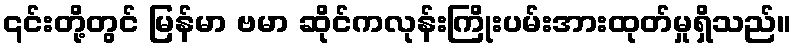
၎င်းတို့တွင် မြန်မာ ဗမာ ဆိုင်ကလုန်းကြိုးပမ်းအားထုတ်မှုရှိသည်။